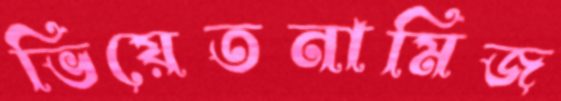
ভিয়েতনামিজ